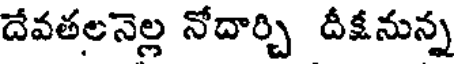
దేవతలనెల్ల నోదార్చి దీక్షనున్న